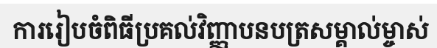
ការរៀបចំពិធីប្រគល់វិញ្ញាបនបត្រសម្គាល់ម្ចាស់